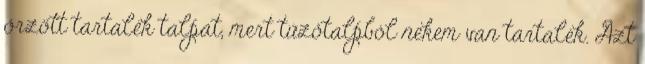
őrzött tartalék talpat, mert tűzőtalpból nekem van tartalék. Azt